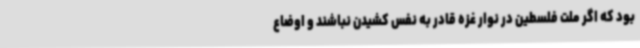
بود که اگر ملت فلسطین در نوار غزه قادر به نفس کشیدن نباشند و اوضاع